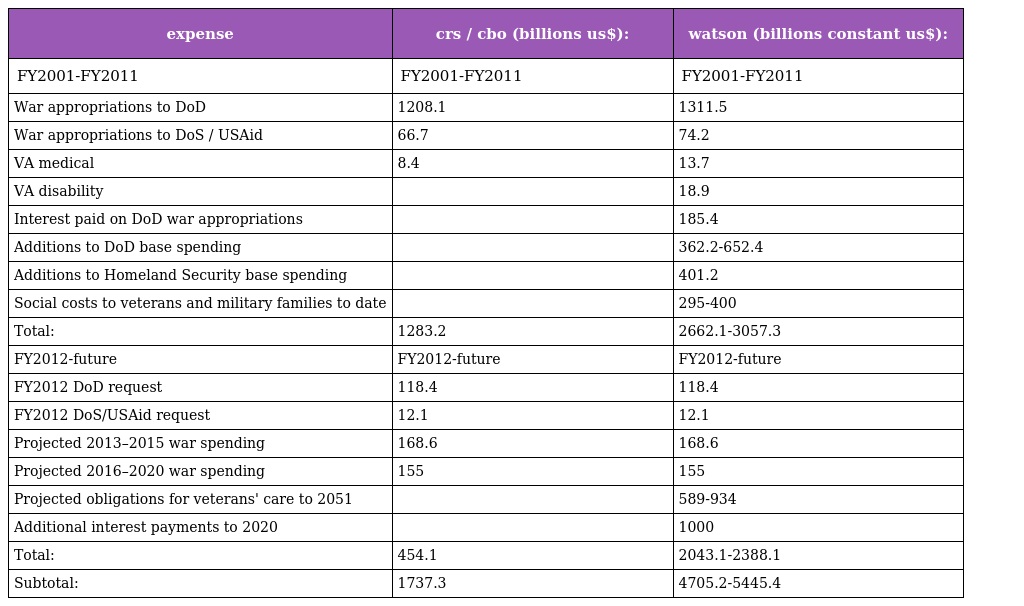
| expense | crs / cbo (billions us$): | watson (billions constant us$): |
 | --- | --- | --- |
 | FY2001-FY2011 | FY2001-FY2011 | FY2001-FY2011 |
 | War appropriations to DoD | 1208.1 | 1311.5 |
 | War appropriations to DoS / USAid | 66.7 | 74.2 |
 | VA medical | 8.4 | 13.7 |
 | VA disability |  | 18.9 |
 | Interest paid on DoD war appropriations |  | 185.4 |
 | Additions to DoD base spending |  | 362.2-652.4 |
 | Additions to Homeland Security base spending |  | 401.2 |
 | Social costs to veterans and military families to date |  | 295-400 |
 | Total: | 1283.2 | 2662.1-3057.3 |
 | FY2012-future | FY2012-future | FY2012-future |
 | FY2012 DoD request | 118.4 | 118.4 |
 | FY2012 DoS/USAid request | 12.1 | 12.1 |
 | Projected 2013–2015 war spending | 168.6 | 168.6 |
 | Projected 2016–2020 war spending | 155 | 155 |
 | Projected obligations for veterans' care to 2051 |  | 589-934 |
 | Additional interest payments to 2020 |  | 1000 |
 | Total: | 454.1 | 2043.1-2388.1 |
 | Subtotal: | 1737.3 | 4705.2-5445.4 |